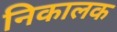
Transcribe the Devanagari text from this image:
निकालक